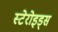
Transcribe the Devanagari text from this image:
स्टेरोइड्स